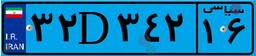
۳۲D۳۴۲۱۶